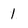
Character: 1